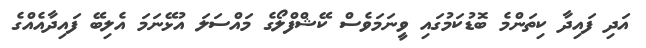
އަދި ފައިދާ ކިތަންމެ ބޮޑުކަމުގައި ވީނަމަވެސް ކޭޝްފްލޯގެ މައްސަލަ އުޅޭނަމަ އެލިބޭ ފައިދާއެއްގެ